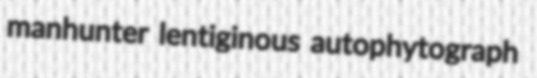
manhunter lentiginous autophytograph